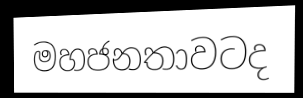
මහජනතාවටද